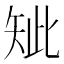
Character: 䂑